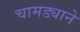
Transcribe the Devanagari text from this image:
चामड्याने